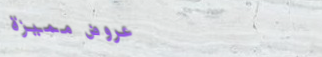
عروض مميزة